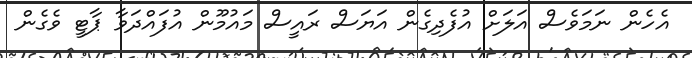
އެހެން ނަމަވެސް އަލަށް އުފެދިގެން އަޔަސް ރައީސް މައުމޫން އުފައްދަވާ ޕާޓީ ވެގެން